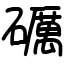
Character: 礪